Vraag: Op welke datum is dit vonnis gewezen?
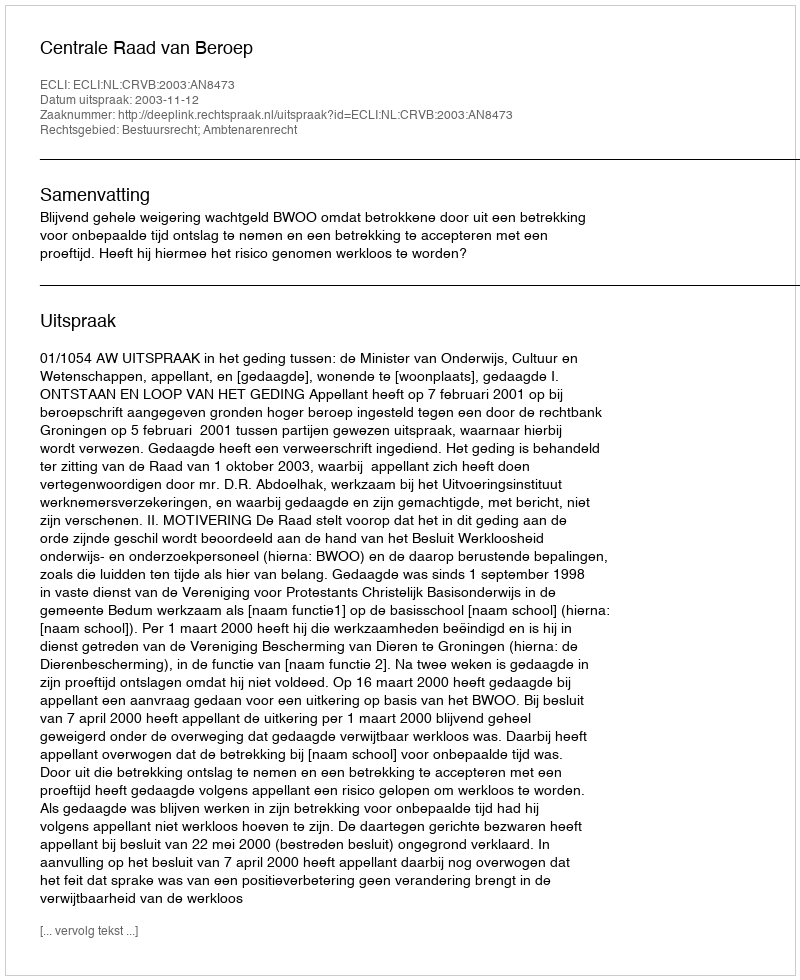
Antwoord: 2003-11-12